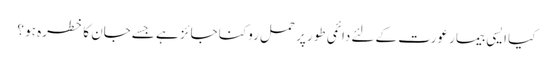
کیا ایسی بیمار عورت کے لئےدائمی طور پر حمل روکنا جائز ہے جسےجان کا خطرہ ہو ؟